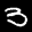
Label: 3